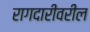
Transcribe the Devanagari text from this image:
रागदारीवरील